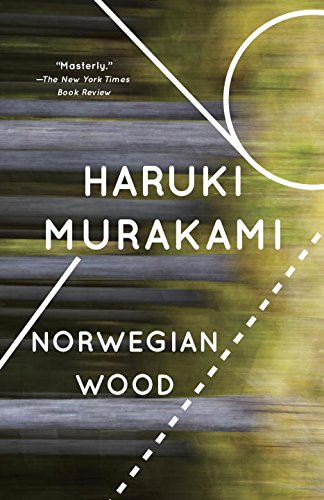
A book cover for Norwegian Wood; Haruki Murakami; Literature & Fiction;